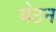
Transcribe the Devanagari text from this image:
बेठन